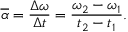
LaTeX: { \overline { { \alpha } } } = { \frac { \Delta \omega } { \Delta t } } = { \frac { \omega _ { 2 } - \omega _ { 1 } } { t _ { 2 } - t _ { 1 } } } .